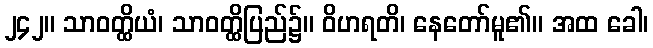
၂၄၂။ သာဝတ္ထိယံ၊ သာဝတ္ထိပြည်၌။ ဝိဟရတိ၊ နေတော်မူ၏။ အထ ခေါ၊